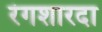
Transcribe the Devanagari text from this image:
रंगशारदा